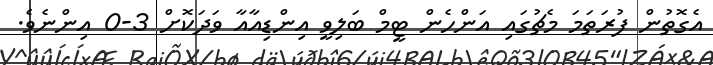
އެގޮތުން ފުރަތަމަ މެޗުގައި އަންހެން ޓީމް ބަލިވީ އިންޑިއާއާ ވަދަކޮށް 3-0 އިންނެވެ.